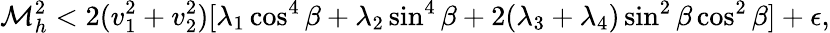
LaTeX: \mathcal{M}_{h}^{2}<2(v_{1}^{2}+v_{2}^{2})[\lambda_{1}\cos^{4}\beta+\lambda_{2}\sin^{4}\beta+2(\lambda_{3}+\lambda_{4})\sin^{2}\beta\cos^{2}\beta]+\epsilon,